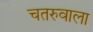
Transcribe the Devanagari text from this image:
चतरुवाला